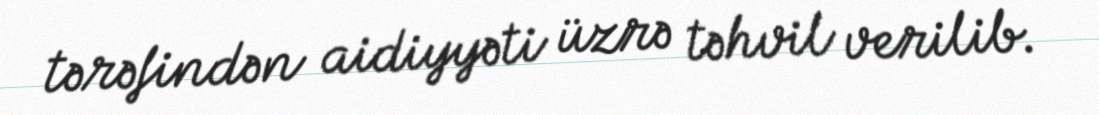
tərəfindən aidiyyəti üzrə təhvil verilib.